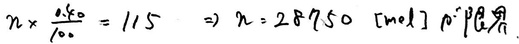
$n\times\frac {0.40}{100}=115\Rightarrow n = 28750\ [mol]$